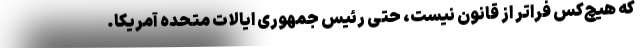
که هیچ‌کس فراتر از قانون نیست، حتی رئیس جمهوری ایالات متحده آمریکا.